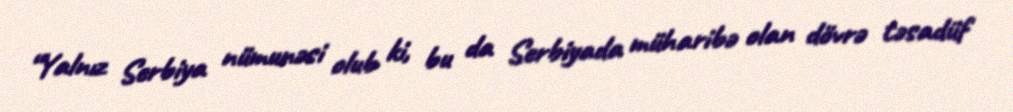
“Yalnız Serbiya nümunəsi olub ki, bu da Serbiyada müharibə olan dövrə təsadüf